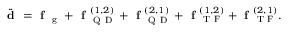
\ddot { \textbf { d } } = \textbf { f } _ { \mathrm { ~ g ~ } } + \textbf { f } _ { \mathrm { ~ Q ~ D ~ } } ^ { ( 1 , 2 ) } + \textbf { f } _ { \mathrm { ~ Q ~ D ~ } } ^ { ( 2 , 1 ) } + \textbf { f } _ { \mathrm { ~ T ~ F ~ } } ^ { ( 1 , 2 ) } + \textbf { f } _ { \mathrm { ~ T ~ F ~ } } ^ { ( 2 , 1 ) } .